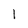
Character: 1